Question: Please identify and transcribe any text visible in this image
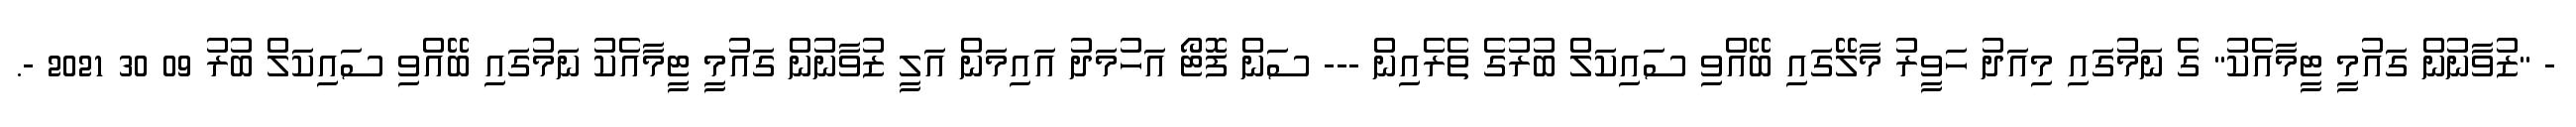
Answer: - "ޒުވާނުން ގައުމީ ޓީމާއެކު" ގެ ނަމުގައި މިއަދު ހަވީރު މާލޭގައި ބޭއްވި ސައިކަލް ބުރުގެ ތެރެއިން --- ސަން ފޮޓޯ އަހުމަދު އައިމަން އަލީ ޒުވާނުން ގައުމީ ޓީމާއެކު ނަމުގައި ބޭއްވި ސައިކަލް ބުރު 09 30 2021 -.